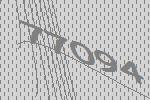
77094